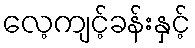
လေ့ကျင့်ခန်းနှင့်